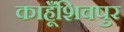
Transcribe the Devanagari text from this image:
काहूँशिवपुर